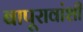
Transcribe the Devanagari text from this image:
बापूरावांशी